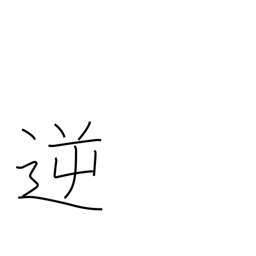
Meaning: wicked